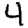
Digit: 4